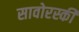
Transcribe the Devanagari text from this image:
सावोरस्की